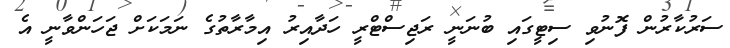
ސަރުކާރުން ފޮނުވި ސިޓީގައި ބުނަނީ ރަޖިސްޓްރީ ހަދާއިރު އިމާރާތުގެ ނަމަކަށް ޖަހަންވާނީ އެ